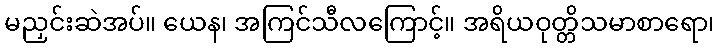
မညှင်းဆဲအပ်။ ယေန၊ အကြင်သီလကြောင့်။ အရိယဝုတ္တိသမာစာရော၊